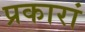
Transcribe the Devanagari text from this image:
प्रकारां